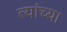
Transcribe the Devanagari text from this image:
त्यांच्या